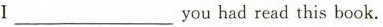
Ⅰ___you had read this book。